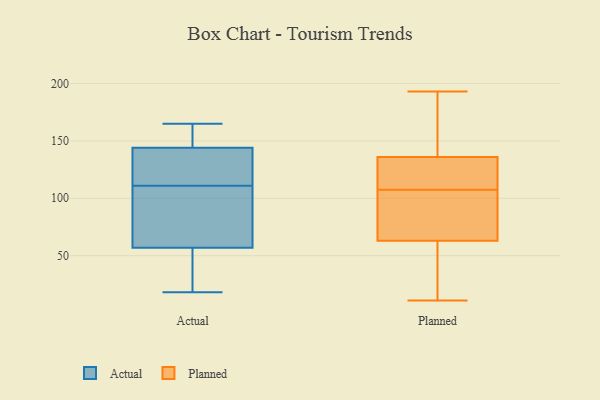
{"axis": {"x": "Energy Usage (MWh)", "y": "Value"}, "legend": ["Actual", "Planned"], "data": [{"x": "", "y": 88, "type": "Actual"}, {"x": "", "y": 139, "type": "Actual"}, {"x": "", "y": 165, "type": "Actual"}, {"x": "", "y": 18, "type": "Actual"}, {"x": "", "y": 153, "type": "Actual"}, {"x": "", "y": 156, "type": "Actual"}, {"x": "", "y": 130, "type": "Actual"}, {"x": "", "y": 115, "type": "Actual"}, {"x": "", "y": 57, "type": "Actual"}, {"x": "", "y": 38, "type": "Actual"}, {"x": "", "y": 47, "type": "Actual"}, {"x": "", "y": 144, "type": "Actual"}, {"x": "", "y": 100, "type": "Actual"}, {"x": "", "y": 107, "type": "Actual"}, {"x": "", "y": 87, "type": "Planned"}, {"x": "", "y": 125, "type": "Planned"}, {"x": "", "y": 126, "type": "Planned"}, {"x": "", "y": 129, "type": "Planned"}, {"x": "", "y": 65, "type": "Planned"}, {"x": "", "y": 11, "type": "Planned"}, {"x": "", "y": 17, "type": "Planned"}, {"x": "", "y": 182, "type": "Planned"}, {"x": "", "y": 136, "type": "Planned"}, {"x": "", "y": 193, "type": "Planned"}, {"x": "", "y": 52, "type": "Planned"}, {"x": "", "y": 63, "type": "Planned"}, {"x": "", "y": 141, "type": "Planned"}, {"x": "", "y": 121, "type": "Planned"}, {"x": "", "y": 70, "type": "Planned"}, {"x": "", "y": 25, "type": "Planned"}, {"x": "", "y": 163, "type": "Planned"}, {"x": "", "y": 94, "type": "Planned"}]}